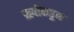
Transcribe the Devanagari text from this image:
ऋषीकडून